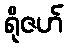
ရိုဇဟ်